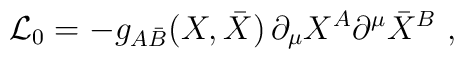
{\cal L}_0 = -g_{A \bar B}(X,\bar X)\,\partial_\mu X^A \partial^\mu \bar X^B\ ,